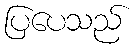
ပြပေသည်